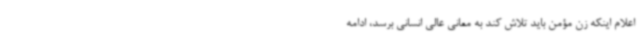
اعلام اینکه زن مؤمن باید تلاش کند به معانی عالی انسانی برسد، ادامه